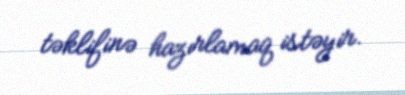
təklifinə hazırlamaq istəyir.